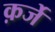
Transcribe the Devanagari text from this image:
क़र्जे